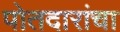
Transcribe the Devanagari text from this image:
पोतदारांचा